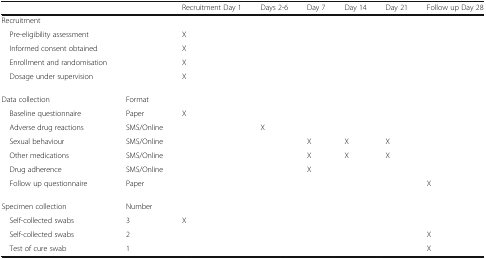
<table><thead><tr><td colspan="2"></td><td><b>Recruitment Day 1</b></td><td><b>Days 2-6</b></td><td><b>Day 7</b></td><td><b>Day 14</b></td><td><b>Day 21</b></td><td><b>Follow up Day 28</b></td></tr></thead><tbody><tr><td colspan="8">Recruitment</td></tr><tr><td> Pre-eligibility assessment</td><td></td><td>X</td><td></td><td></td><td></td><td></td><td></td></tr><tr><td> Informed consent obtained</td><td></td><td>X</td><td></td><td></td><td></td><td></td><td></td></tr><tr><td> Enrollment and randomisation</td><td></td><td>X</td><td></td><td></td><td></td><td></td><td></td></tr><tr><td> Dosage under supervision</td><td></td><td>X</td><td></td><td></td><td></td><td></td><td></td></tr><tr><td>Data collection</td><td>Format</td><td></td><td></td><td></td><td></td><td></td><td></td></tr><tr><td> Baseline questionnaire</td><td>Paper</td><td>X</td><td></td><td></td><td></td><td></td><td></td></tr><tr><td> Adverse drug reactions</td><td>SMS/Online</td><td></td><td>X</td><td></td><td></td><td></td><td></td></tr><tr><td> Sexual behaviour</td><td>SMS/Online</td><td></td><td></td><td>X</td><td>X</td><td>X</td><td></td></tr><tr><td> Other medications</td><td>SMS/Online</td><td></td><td></td><td>X</td><td>X</td><td>X</td><td></td></tr><tr><td> Drug adherence</td><td>SMS/Online</td><td></td><td></td><td>X</td><td></td><td></td><td></td></tr><tr><td> Follow up questionnaire</td><td>Paper</td><td></td><td></td><td></td><td></td><td></td><td>X</td></tr><tr><td>Specimen collection</td><td>Number</td><td></td><td></td><td></td><td></td><td></td><td></td></tr><tr><td> Self-collected swabs</td><td>3</td><td>X</td><td></td><td></td><td></td><td></td><td></td></tr><tr><td> Self-collected swabs</td><td>2</td><td></td><td></td><td></td><td></td><td></td><td>X</td></tr><tr><td> Test of cure swab</td><td>1</td><td></td><td></td><td></td><td></td><td></td><td>X</td></tr></tbody></table>